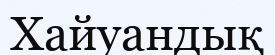
Хайуандық